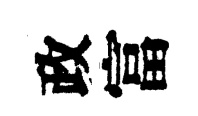
政富